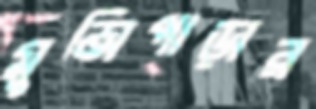
মুন্সিপাড়ার